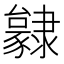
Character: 𨾃